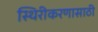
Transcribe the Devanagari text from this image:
स्थिरीकरणासाठी